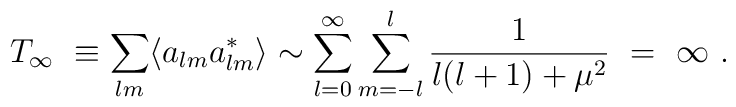
T_{\infty} \ \equiv \sum_{lm}\langle a_{lm}a^*_{lm}\rangle \sim \sum_{l=0}^{\infty}\sum_{m=-l}^{l} \frac{1}{l(l+1)+\mu^2} \ =\ \infty \ .